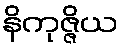
နိကုဇ္ဇိယ